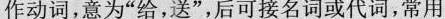
作动词，意为”给，送”，后可接名词或代词，常用